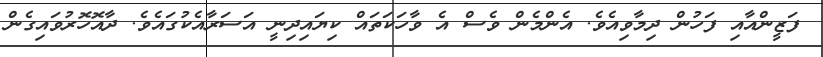
ފަޒީންއާއި ފަހުން ދިމާވިއެވެ. އެންމެން ވެސް އެ ވާހަކަތައް ކިޔައިދިނީ އަސަރާއެކުގައެވެ. ދާއޮހޮރުވައިގެން